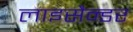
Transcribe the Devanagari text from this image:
लाइसैन्डर